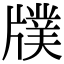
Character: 𤗵